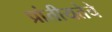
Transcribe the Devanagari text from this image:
प्रांतीयतेचे